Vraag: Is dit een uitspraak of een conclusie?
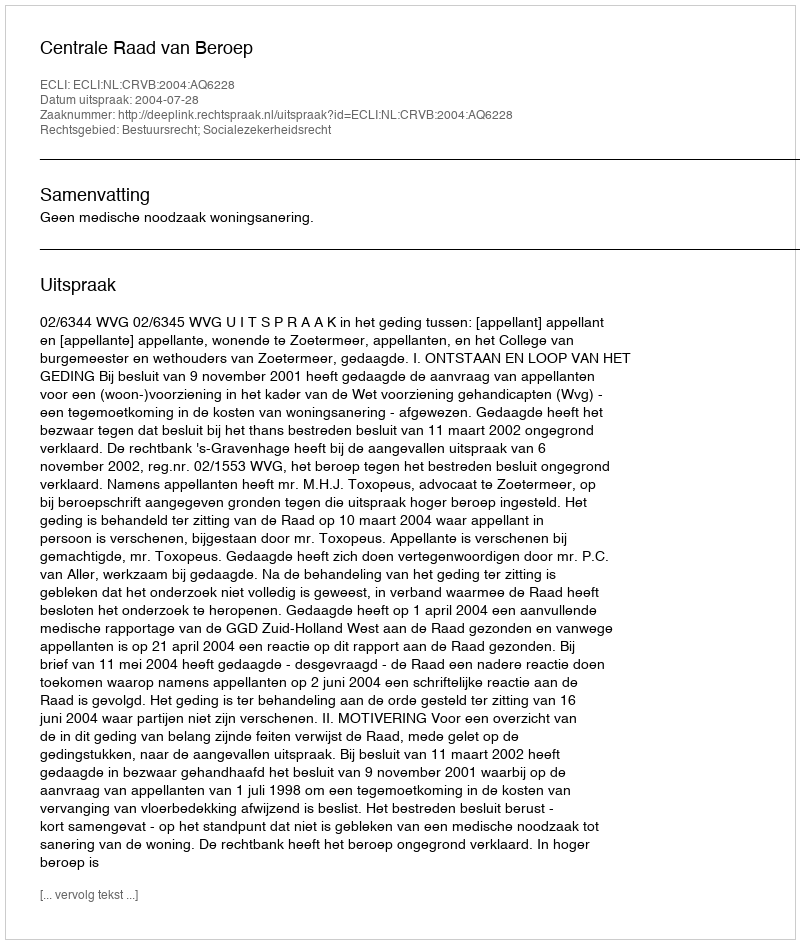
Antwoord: Uitspraak